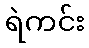
ရဲကင်း